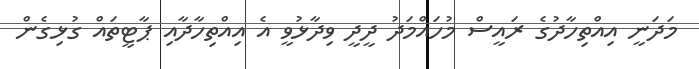
މަދަނީ އިއްތިހާދުގެ ރައީސް މުހައްމަދު ދީދީ ވިދާޅުވީ އެ އިއްތިހާދާއި ޕާޓީތައް ގުޅިގެން